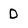
Character: D